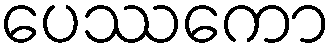
ပေဿကော